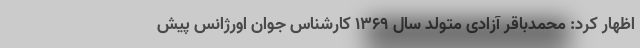
اظهار کرد: محمدباقر آزادی متولد سال ۱۳۶۹ کارشناس جوان اورژانس پیش‌